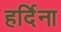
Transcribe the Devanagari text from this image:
हर्दिना